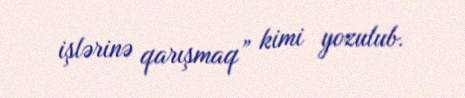
işlərinə qarışmaq” kimi yozulub.